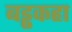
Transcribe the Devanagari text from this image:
बड्ढकहा